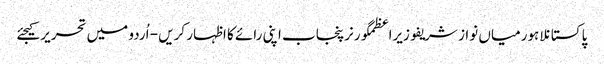
پاکستانلاہورمیاں نواز شریفوزیراعظمگورنرپنجاب اپنی رائے کا اظہار کریں - اُردو میں تحریر کیجئے